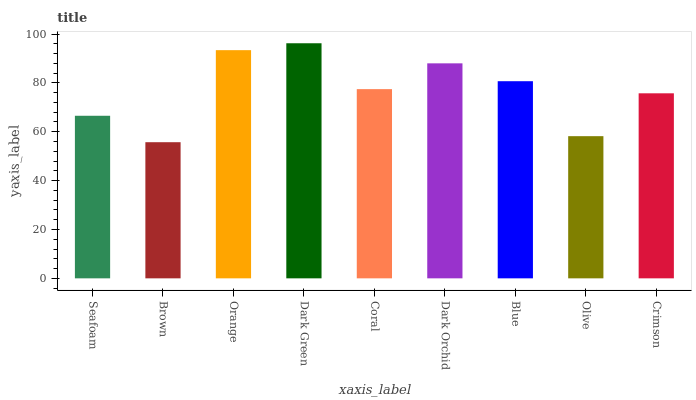
| xaxis_label | bars |
 | --- | --- |
 | Seafoam | 66.5 |
 | Brown | 55.7 |
 | Orange | 93.4 |
 | Dark Green | 96.2 |
 | Coral | 77.4 |
 | Dark Orchid | 88 |
 | Blue | 80.7 |
 | Olive | 58.2 |
 | Crimson | 75.7 |